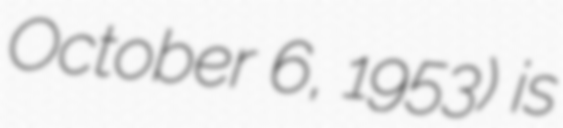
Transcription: October 6, 1953) is